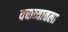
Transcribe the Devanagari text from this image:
वक्तव्यातला